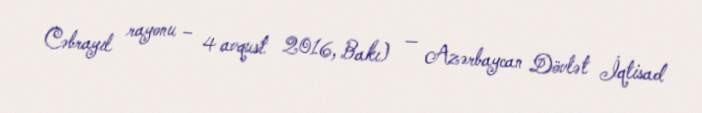
Cəbrayıl rayonu – 4 avqust 2016, Bakı) — Azərbaycan Dövlət İqtisad